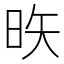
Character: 𪰕